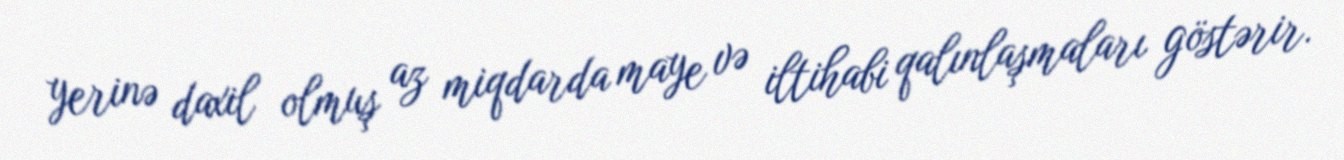
yerinə daxil olmuş az miqdarda maye və iltihabi qalınlaşmaları göstərir.